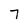
Character: 7